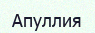
Апуллия